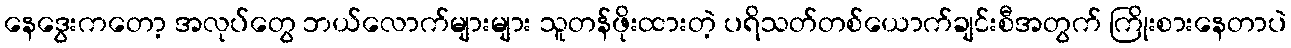
နေဒွေးကတော့ အလုပ်တွေ ဘယ်လောက်များများ သူတန်ဖိုးထားတဲ့ ပရိသတ်တစ်ယောက်ချင်းစီအတွက် ကြိုးစားနေတာပဲ